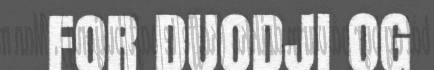
FOR DUODJI OG